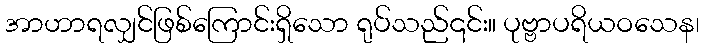
အာဟာရလျှင်ဖြစ်ကြောင်းရှိသော ရုပ်သည်၎င်း။ ပုဗ္ဗာပရိယဝသေန၊